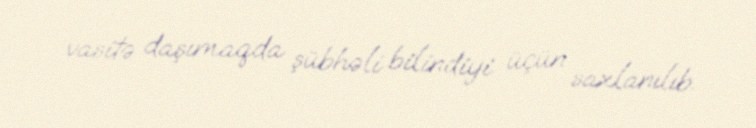
vasitə daşımaqda şübhəli bilindiyi üçün saxlanılıb.